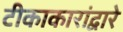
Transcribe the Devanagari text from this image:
टीकाकारांद्वारे